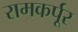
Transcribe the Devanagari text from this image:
रामकर्पूर